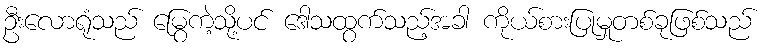
ဦးလောရုံသည် မြွေကဲ့သို့ပင် ဒေါသထွက်သည့်အခါ ကိုယ်စားပြုမှုတစ်ခုဖြစ်သည်